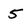
Character: 5